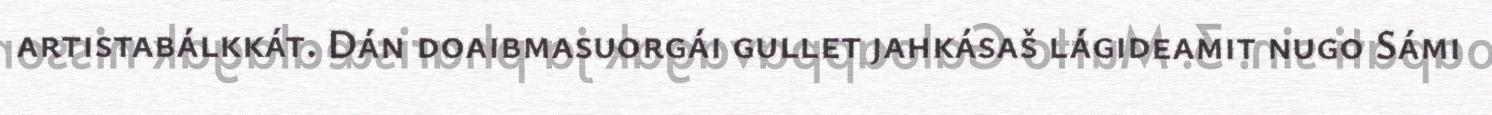
artistabálkkát. Dán doaibmasuorgái gullet jahkásaš lágideamit nugo Sámi